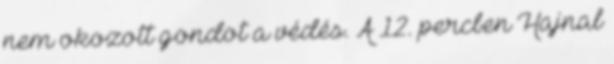
nem okozott gondot a védés. A 12. percben Hajnal